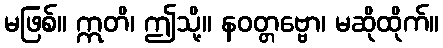
မဖြစ်။ ဣတိ၊ ဤသို့။ နဝတ္တဗ္ဗော၊ မဆိုထိုက်။